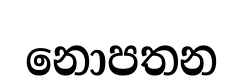
නොපතන